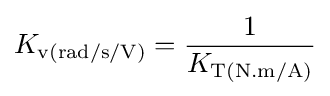
K_{\text{v(rad/s/V)}}={\frac {1}{K_{\text{T(N.m/A)}}}}